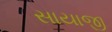
સાયાજી